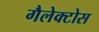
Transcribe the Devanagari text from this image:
गैलेक्टोस